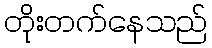
တိုးတက်နေသည်